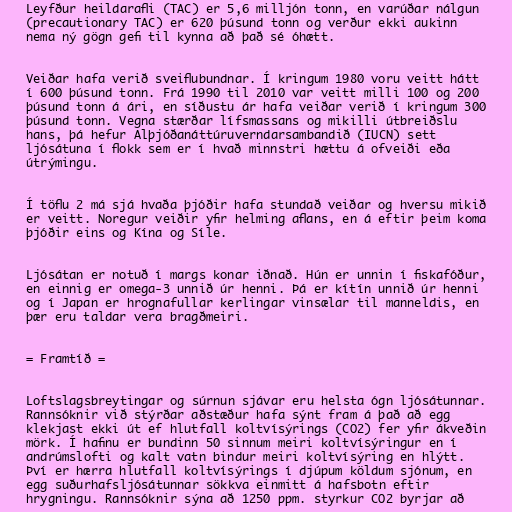
Leyfður heildarafli (TAC) er 5,6 milljón tonn, en varúðar nálgun
(precautionary TAC) er 620 þúsund tonn og verður ekki aukinn
nema ný gögn gefi til kynna að það sé óhætt.

Veiðar hafa verið sveiflubundnar. Í kringum 1980 voru veitt hátt
í 600 þúsund tonn. Frá 1990 til 2010 var veitt milli 100 og 200
þúsund tonn á ári, en síðustu ár hafa veiðar verið í kringum 300
þúsund tonn. Vegna stærðar lífsmassans og mikilli útbreiðslu
hans, þá hefur Alþjóðanáttúruverndarsambandið (IUCN) sett
ljósátuna í flokk sem er í hvað minnstri hættu á ofveiði eða
útrýmingu.

Í töflu 2 má sjá hvaða þjóðir hafa stundað veiðar og hversu mikið
er veitt. Noregur veiðir yfir helming aflans, en á eftir þeim koma
þjóðir eins og Kína og Síle.

Ljósátan er notuð í margs konar iðnað. Hún er unnin í fiskafóður,
en einnig er omega-3 unnið úr henni. Þá er kítín unnið úr henni
og í Japan er hrognafullar kerlingar vinsælar til manneldis, en
þær eru taldar vera bragðmeiri.

= Framtíð =

Loftslagsbreytingar og súrnun sjávar eru helsta ógn ljósátunnar.
Rannsóknir við stýrðar aðstæður hafa sýnt fram á það að egg
klekjast ekki út ef hlutfall koltvísýrings (CO2) fer yfir ákveðin
mörk. Í hafinu er bundinn 50 sinnum meiri koltvísýringur en í
andrúmslofti og kalt vatn bindur meiri koltvísýring en hlýtt.
Því er hærra hlutfall koltvísýrings í djúpum köldum sjónum, en
egg suðurhafsljósátunnar sökkva einmitt á hafsbotn eftir
hrygningu. Rannsóknir sýna að 1250 ppm. styrkur CO2 byrjar að